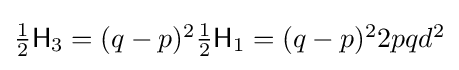
{\textstyle {\tfrac {1}{2}}{\mathsf {H}}_{3}=(q-p)^{2}{\tfrac {1}{2}}{\mathsf {H}}_{1}=(q-p)^{2}2pqd^{2}}